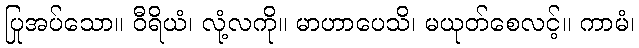
ပြုအပ်သော။ ဝီရိယံ၊ လုံ့လကို။ မာဟာပေသိ၊ မယုတ်စေလင့်။ ကာမံ၊